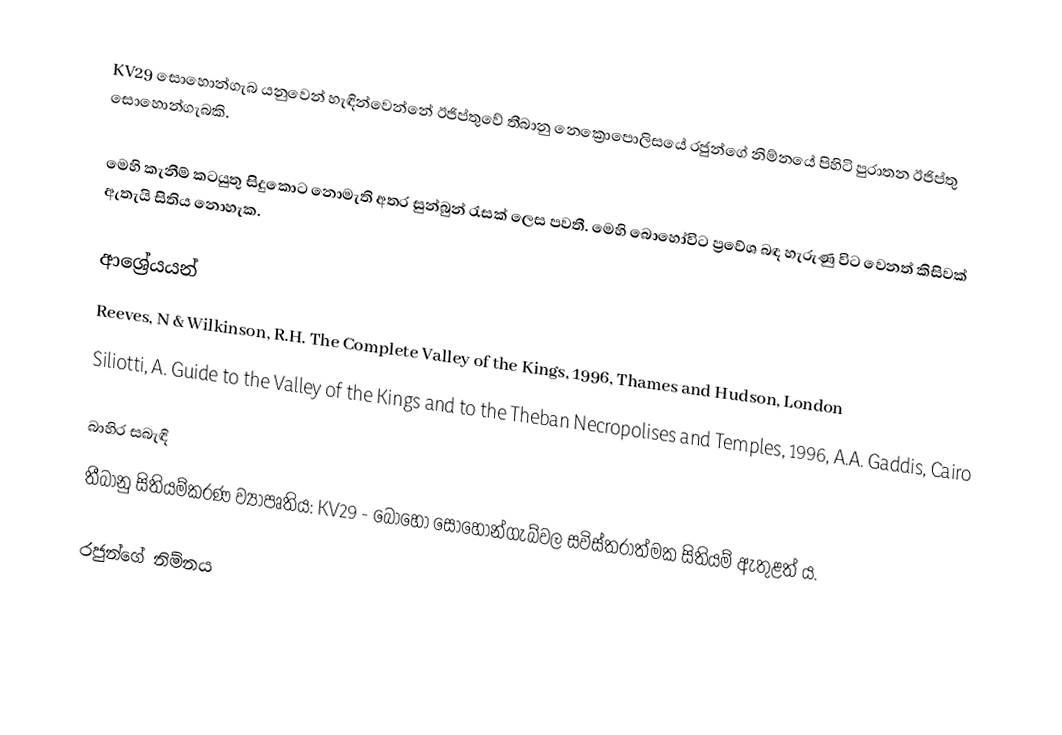
KV29 සොහොන්ගැබ යනුවෙන් හැඳින්වෙන්නේ ඊජිප්තුවේ තීබානු නෙක්‍රොපොලිසයේ රජුන්ගේ නිම්නයේ පිහිටි පුරාතන ඊජිප්තු සොහොන්ගැබකි.

මෙහි කැනීම් කටයුතු සිදුකොට නොමැති අතර සුන්බුන් රැසක් ලෙස පවතී. මෙහි බොහෝවිට ප්‍රවේශ බඳ හැරුණු විට වෙනත් කිසිවක් ඇතැයි සිතිය නොහැක.

ආශ්‍රේයයන්
Reeves, N & Wilkinson, R.H. The Complete Valley of the Kings, 1996, Thames and Hudson, London
Siliotti, A. Guide to the Valley of the Kings and to the Theban Necropolises and Temples, 1996, A.A. Gaddis, Cairo

බාහිර සබැඳි
තීබානු සිතියම්කරණ ව්‍යාපෘතිය: KV29 - බොහෝ සොහොන්ගැබ්වල සවිස්තරාත්මක සිතියම් ඇතුළත් ය.

රජුන්ගේ නිම්නය